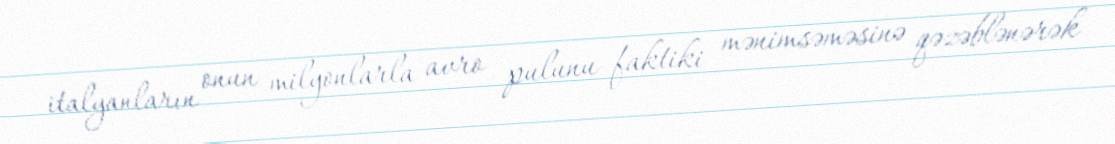
italyanların onun milyonlarla avro pulunu faktiki mənimsəməsinə qəzəblənərək